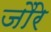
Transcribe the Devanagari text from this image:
जौरे